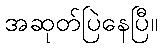
အဆုတ်ပြဲနေပြီ။